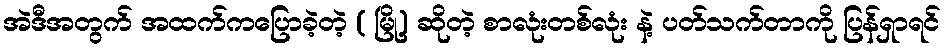
အဲဒီအတွက် အထက်ကပြောခဲ့တဲ့ ( မြို့) ဆိုတဲ့ စာလုံးတစ်လုံး နဲ့ ပတ်သက်တာကို ပြန်ရှာရင်